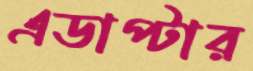
এডাপ্টার